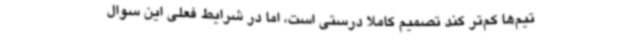
تیم‌ها کم‌تر کند تصمیم کاملا درستی است، اما در شرایط فعلی این سوال